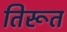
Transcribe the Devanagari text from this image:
तिरूत